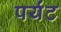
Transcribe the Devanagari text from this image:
पर्यंट